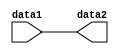
`timescale 1ns / 1ps
//////////////////////////////////////////////////////////////////////////////////
// Company: 
// Engineer: 
// 
// Design Name: 
// Module Name: temp_regfilez
// Project Name: 
// Target Devices: 
// Tool Versions: 
// Description: 
// 
// Dependencies: 
// 
// Revision:
// Revision 0.01 - File Created
// Additional Comments:
// 
//////////////////////////////////////////////////////////////////////////////////


module temp_regfilez(
input [31:0]data1,
output [31:0]data2);
assign data2=data1;
endmodule